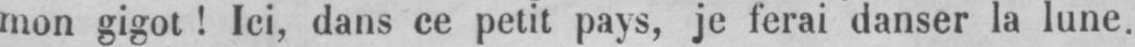
mon gigot! Ici, dans ce petit pays, je ferai danser la lune.